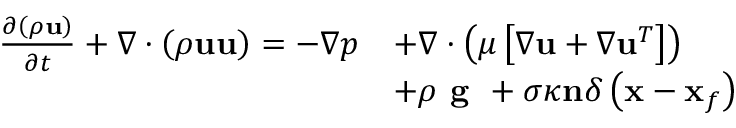
\begin{array} { r l } { \frac { \partial \left( \rho \mathbf { u } \right) } { \partial t } + \nabla \cdot \left( \rho \mathbf { u u } \right) = - \nabla p } & { + \nabla \cdot \left( \mu \left[ \nabla \mathbf { u } + \nabla \mathbf { u } ^ { T } \right] \right) } \\ & { + \rho \textbf { g } + \sigma \kappa \mathbf { n } \delta \left( \mathbf { x } - \mathbf { x } _ { f } \right) } \end{array}